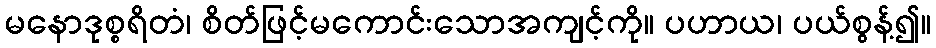
မနောဒုစ္စရိတံ၊ စိတ်ဖြင့်မကောင်းသောအကျင့်ကို။ ပဟာယ၊ ပယ်စွန့်၍။